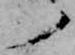
ノ